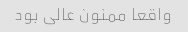
واقعا ممنون عالی بود